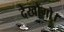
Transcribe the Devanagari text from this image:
देखौंगो।